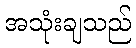
အသုံးချသည်